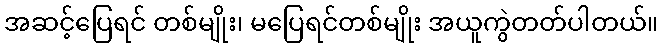
အဆင့်ပြေရင် တစ်မျိုး၊ မပြေရင်တစ်မျိုး အယူကွဲတတ်ပါတယ်။